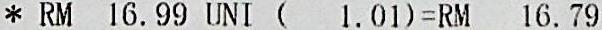
* RM 16.99 UNI (  1.01)=RM 16.79